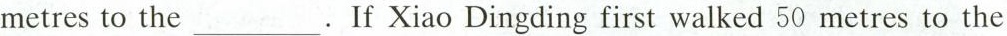
metres to the___.If Xiao Ding ding first walked 50 metres to the